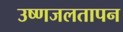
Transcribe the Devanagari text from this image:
उष्णजलतापन